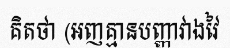
គិតថា (អញគ្មានបញ្ញាវាងវៃ